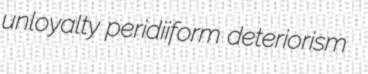
unloyalty peridiiform deteriorism